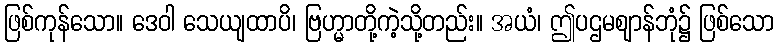
ဖြစ်ကုန်သော။ ဒေဝါ သေယျထာပိ၊ ဗြဟ္မာတို့ကဲ့သို့တည်း။ အယံ၊ ဤပဌမဈာန်ဘုံ၌ ဖြစ်သော